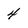
Character: 4